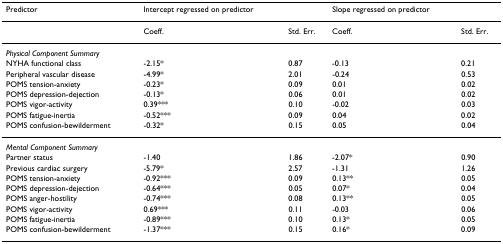
<table><thead><tr><td><b>Predictor</b></td><td><b>Intercept regressed on predictor</b></td><td></td><td><b>Slope regressed on predictor</b></td><td></td></tr></thead><tbody><tr><td></td><td>Coeff.</td><td>Std. Err.</td><td>Coeff.</td><td>Std. Err.</td></tr><tr><td><i>Physical Component Summary</i></td><td></td><td></td><td></td><td></td></tr><tr><td>NYHA functional class</td><td>-2.15*</td><td>0.87</td><td>-0.13</td><td>0.21</td></tr><tr><td>Peripheral vascular disease</td><td>-4.99*</td><td>2.01</td><td>-0.24</td><td>0.53</td></tr><tr><td>POMS tension-anxiety</td><td>-0.23*</td><td>0.09</td><td>0.01</td><td>0.02</td></tr><tr><td>POMS depression-dejection</td><td>-0.13*</td><td>0.06</td><td>0.01</td><td>0.02</td></tr><tr><td>POMS vigor-activity</td><td>0.39***</td><td>0.10</td><td>-0.02</td><td>0.03</td></tr><tr><td>POMS fatigue-inertia</td><td>-0.52***</td><td>0.09</td><td>0.04</td><td>0.02</td></tr><tr><td>POMS confusion-bewilderment</td><td>-0.32*</td><td>0.15</td><td>0.05</td><td>0.04</td></tr><tr><td><i>Mental Component Summary</i></td><td></td><td></td><td></td><td></td></tr><tr><td>Partner status</td><td>-1.40</td><td>1.86</td><td>-2.07*</td><td>0.90</td></tr><tr><td>Previous cardiac surgery</td><td>-5.79*</td><td>2.57</td><td>-1.31</td><td>1.26</td></tr><tr><td>POMS tension-anxiety</td><td>-0.92***</td><td>0.09</td><td>0.13**</td><td>0.05</td></tr><tr><td>POMS depression-dejection</td><td>-0.64***</td><td>0.05</td><td>0.07*</td><td>0.04</td></tr><tr><td>POMS anger-hostility</td><td>-0.74***</td><td>0.08</td><td>0.13**</td><td>0.05</td></tr><tr><td>POMS vigor-activity</td><td>0.69***</td><td>0.11</td><td>-0.03</td><td>0.06</td></tr><tr><td>POMS fatigue-inertia</td><td>-0.89***</td><td>0.10</td><td>0.13*</td><td>0.05</td></tr><tr><td>POMS confusion-bewilderment</td><td>-1.37***</td><td>0.15</td><td>0.16*</td><td>0.09</td></tr></tbody></table>